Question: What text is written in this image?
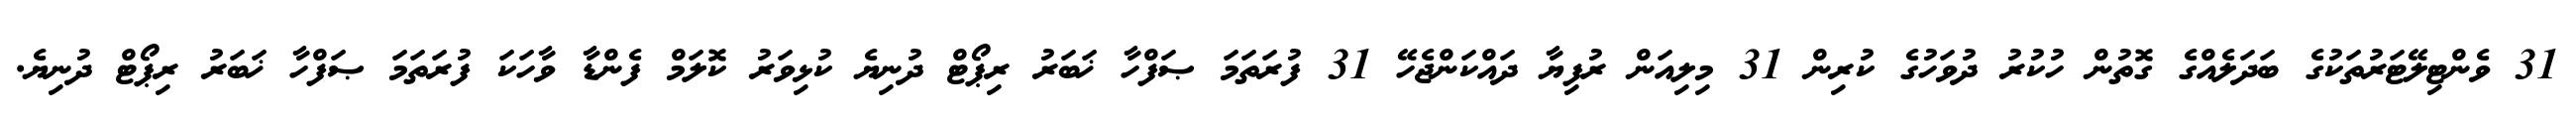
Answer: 31 ވެންޓިލޭޓަރުތަކުގެ ބަދަލެއްގެ ގޮތުން ހުކުރު ދުވަހުގެ ކުރިން 31 މިލިއަން ރުފިޔާ ދައްކަންޖެހޭ 31 ފުރަތަމަ ޞަފްހާ ޚަބަރު ރިޕޯޓް ދުނިޔެ ކުޅިވަރު ކޮލަމް ފެންޑާ ވާހަކަ ފުރަތަމަ ޞަފްހާ ޚަބަރު ރިޕޯޓް ދުނިޔެ.